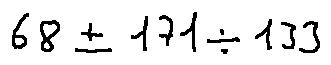
6 8 \pm 1 7 1 \div 1 3 3